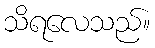
သိရလေသည်။